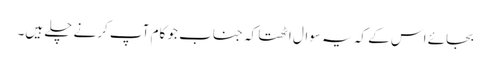
بجائے اس کے کہ یہ سوال اٹھتا کہ جناب جو کام آپ کرنے چلے ہیں۔